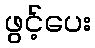
ဖွင့်ပေး